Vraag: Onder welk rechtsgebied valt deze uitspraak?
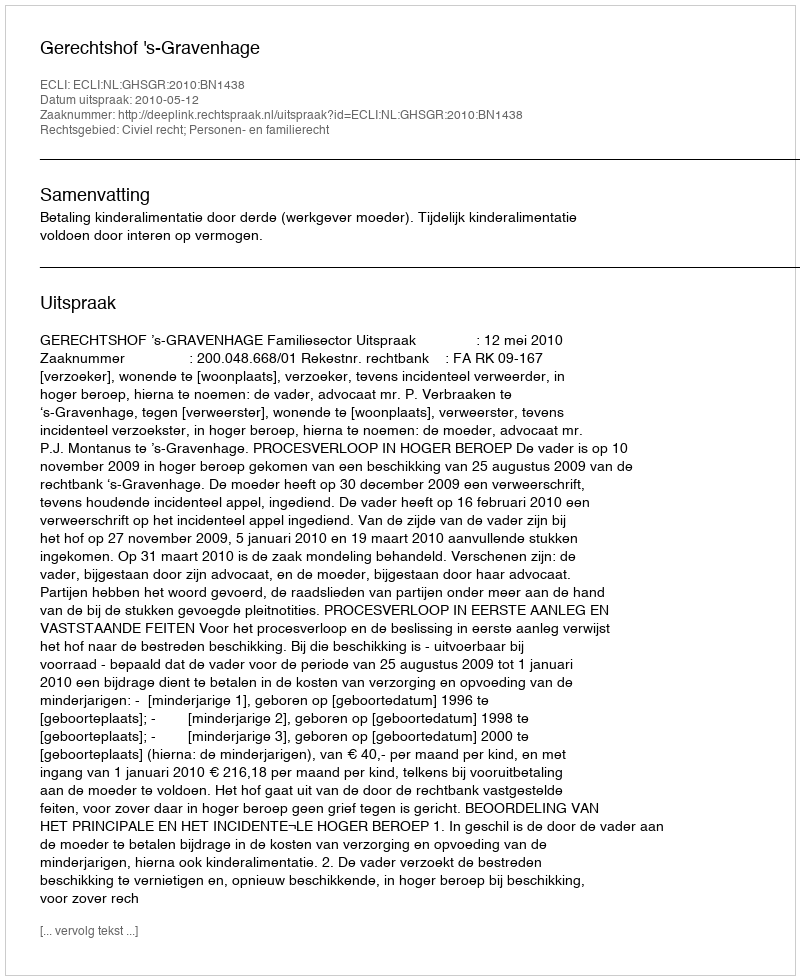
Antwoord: Civiel recht; Personen- en familierecht